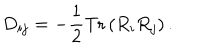
D _ { i j } = - \frac { 1 } { 2 } \mathrm { T r } \left( R _ { i } R _ { j } \right) .